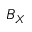
B _ { X }